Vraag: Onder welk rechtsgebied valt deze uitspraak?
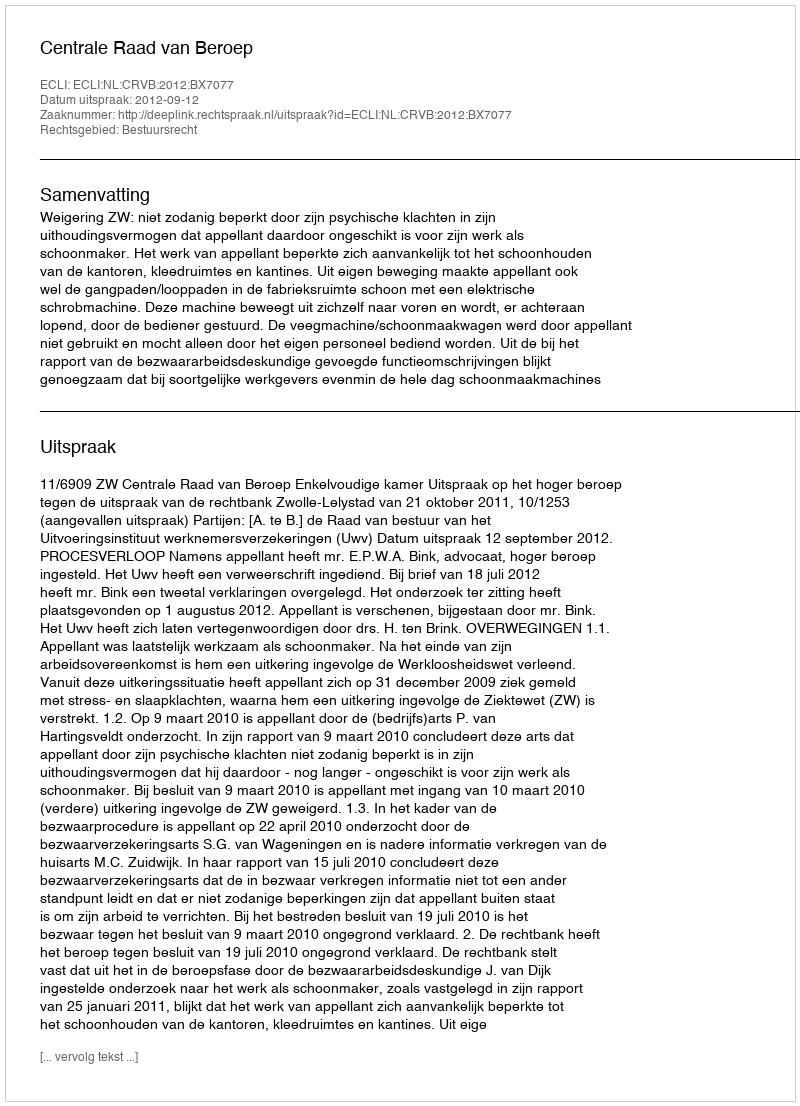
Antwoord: Bestuursrecht